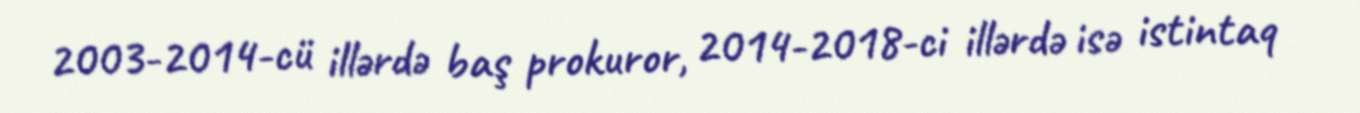
2003-2014-cü illərdə baş prokuror, 2014-2018-ci illərdə isə istintaq